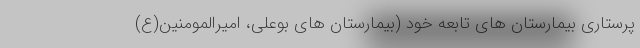
پرستاری بیمارستان های تابعه خود (بیمارستان های بوعلی، امیرالمومنین(ع)